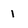
Character: 1